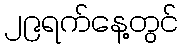
၂၉ရက်နေ့တွင်